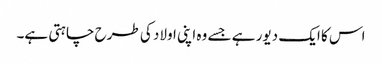
اس کا ایک دیور ہے جسے وہ اپنی اولاد کی طرح چاہتی ہے۔